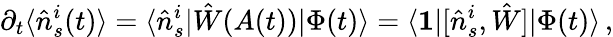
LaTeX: \partial_{t}\langle\hat{n}_{s}^{i}(t)\rangle=\langle\hat{n}_{s}^{i}|\hat{W}(A(t))|\Phi(t)\rangle=\langle\mathbf{1}|[\hat{n}_{s}^{i},\hat{W}]|\Phi(t)\rangle\, ,